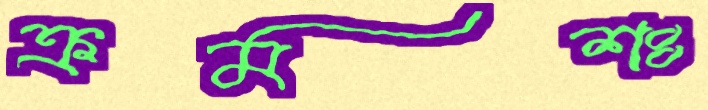
ক্রমশঃ